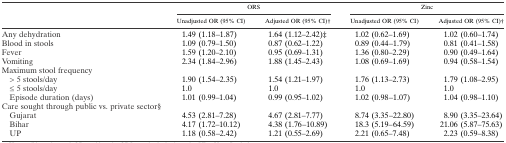
<table><thead><tr><td></td><td colspan="2"><b>ORS</b></td><td colspan="2"><b>Zinc</b></td></tr><tr><td></td><td><b>Unadjusted OR (95% CI)</b></td><td><b>Adjusted OR (95% CI)†</b></td><td><b>Unadjusted OR (95% CI)</b></td><td><b>Adjusted OR (95% CI)†</b></td></tr></thead><tbody><tr><td>Any dehydration</td><td>1.49 (1.18–1.87)</td><td>1.64 (1.12–2.42)‡</td><td>1.02 (0.62–1.69)</td><td>1.02 (0.60–1.74)</td></tr><tr><td>Blood in stools</td><td>1.09 (0.79–1.50)</td><td>0.87 (0.62–1.22)</td><td>0.89 (0.44–1.79)</td><td>0.81 (0.41–1.58)</td></tr><tr><td>Fever</td><td>1.59 (1.20–2.10)</td><td>0.95 (0.69–1.31)</td><td>1.36 (0.80–2.29)</td><td>0.90 (0.49–1.64)</td></tr><tr><td>Vomiting</td><td>2.34 (1.84–2.96)</td><td>1.88 (1.45–2.43)</td><td>1.08 (0.69–1.69)</td><td>0.94 (0.58–1.54)</td></tr><tr><td colspan="5">Maximum stool frequency</td></tr><tr><td> &gt; 5 stools/day</td><td>1.90 (1.54–2.35)</td><td>1.54 (1.21–1.97)</td><td>1.76 (1.13–2.73)</td><td>1.79 (1.08–2.95)</td></tr><tr><td> ≤ 5 stools/day</td><td>1.0</td><td>1.0</td><td>1.0</td><td>1.0</td></tr><tr><td> Episode duration (days)</td><td>1.01 (0.99–1.04)</td><td>0.99 (0.95–1.02)</td><td>1.02 (0.98–1.07)</td><td>1.04 (0.98–1.10)</td></tr><tr><td colspan="5">Care sought through public vs. private sector§</td></tr><tr><td> Gujarat</td><td>4.53 (2.81–7.28)</td><td>4.67 (2.81–7.77)</td><td>8.74 (3.35–22.80)</td><td>8.90 (3.35–23.64)</td></tr><tr><td> Bihar</td><td>4.17 (1.72–10.12)</td><td>4.38 (1.76–10.89)</td><td>18.3 (5.19–64.59)</td><td>21.06 (5.87–75.63)</td></tr><tr><td> UP</td><td>1.18 (0.58–2.42)</td><td>1.21 (0.55–2.69)</td><td>2.21 (0.65–7.48)</td><td>2.23 (0.59–8.38)</td></tr></tbody></table>